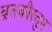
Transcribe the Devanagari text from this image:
व्रतकौस्तुभ